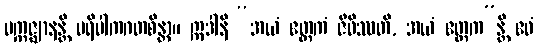
ပက္ကဇ္ဈာနန္တိ ပရိပါကဂတစိန္တာ။ ဣဒါနိ “အယံ ဧတ္တကံ ဇီဝိဿတိ, အယံ ဧတ္တက”န္တိ ဧဝံ